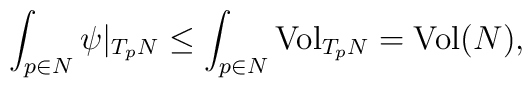
\int_{p \in N} \psi|_{T_p N} \leq \int_{p \in N} \hbox{Vol}_{T_p N} = \hbox{Vol}(N),